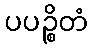
ပပဉ္စိတံ